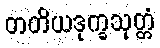
တတိယဒုက္ခသုတ္တံ